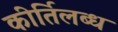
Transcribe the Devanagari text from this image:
कीर्तिलब्ध